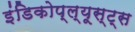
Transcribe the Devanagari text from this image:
इंडिकोप्ल्यूस्ट्स